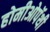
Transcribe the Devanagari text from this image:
होमीओपॅथी